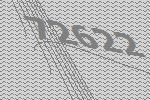
72622